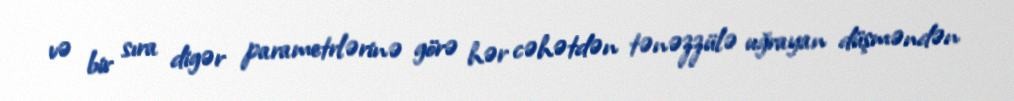
və bir sıra digər parametrlərinə görə hər cəhətdən tənəzzülə uğrayan düşməndən